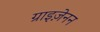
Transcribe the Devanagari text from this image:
ग्राइज़ेनन